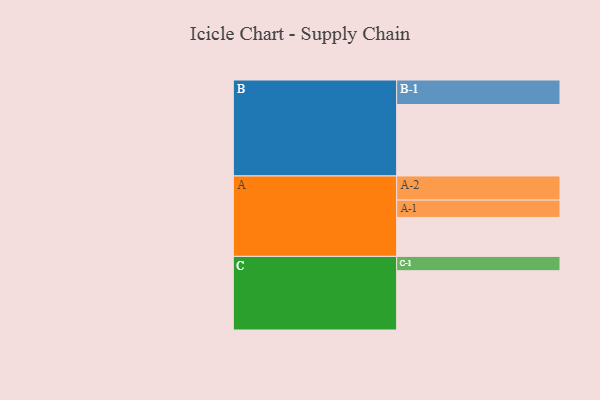
{"axis": {"x": "Segment", "y": "Value"}, "legend": ["", "A", "B", "C"], "data": [{"x": "A", "y": 310, "type": ""}, {"x": "B", "y": 569, "type": ""}, {"x": "C", "y": 472, "type": ""}, {"x": "A-1", "y": 138, "type": "A"}, {"x": "A-2", "y": 192, "type": "A"}, {"x": "B-1", "y": 195, "type": "B"}, {"x": "C-1", "y": 114, "type": "C"}]}